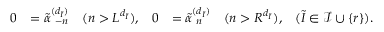
\begin{array} { r l r l r } { 0 } & { = \tilde { \alpha } _ { \hphantom { ( } - n } ^ { ( d _ { \tilde { I } } ) } \quad ( n > L ^ { d _ { \tilde { I } } } ) , } & { 0 } & { = \tilde { \alpha } _ { \hphantom { ( } n } ^ { ( d _ { \tilde { I } } ) } \quad ( n > R ^ { d _ { \tilde { I } } } ) , } & { ( \tilde { I } \in \mathcal { I } \cup \{ r \} ) . } \end{array}